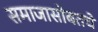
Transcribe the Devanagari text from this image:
समाजासोबतचे